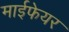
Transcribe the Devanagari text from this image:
माईफेयर